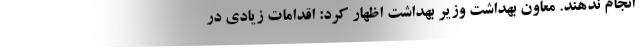
انجام ندهند. معاون بهداشت وزیر بهداشت اظهار کرد: اقدامات زیادی در